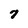
Character: 7